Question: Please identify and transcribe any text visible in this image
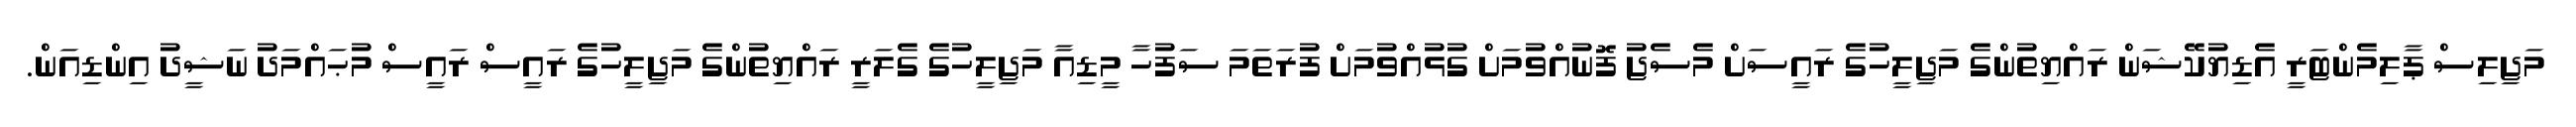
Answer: މަޖިލިސް ޕާލިމެންޓަރީ އެޑިޔުކޭޝަން ރައްޔިތުންގެ މަޖިލީހުގެ ރައީސަށް މެސެޖު ފޮނުއްވުމަށް ގުޅުއްވުމަށް ފުރަތަމަ ސަފުހާ މީޑިއާ މަޖިލީހުގެ ގެލަރީ ރައްޔިތުންގެ މަޖިލީހުގެ ރައީސް ރައީސް މުޙައްމަދު ނަޝީދު އިންޑިއަން.